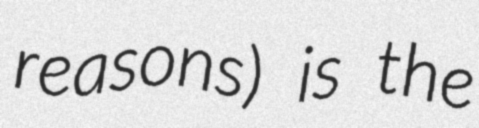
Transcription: reasons) is the